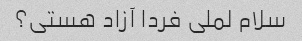
سلام لملی فردا آزاد هستی؟